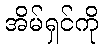
အိမ်ရှင်ကို